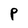
Character: P